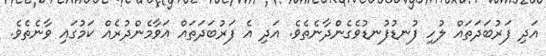
އަދި ފަރުބަދަތައް ލުހި ފުނޑުފުނޑުވެގެންދާނެތެވެ. އަދި އެ ފަރުބަދަތައް އަވާމެންދުރެއް ކަމުގައި ވާނެތެވެ.